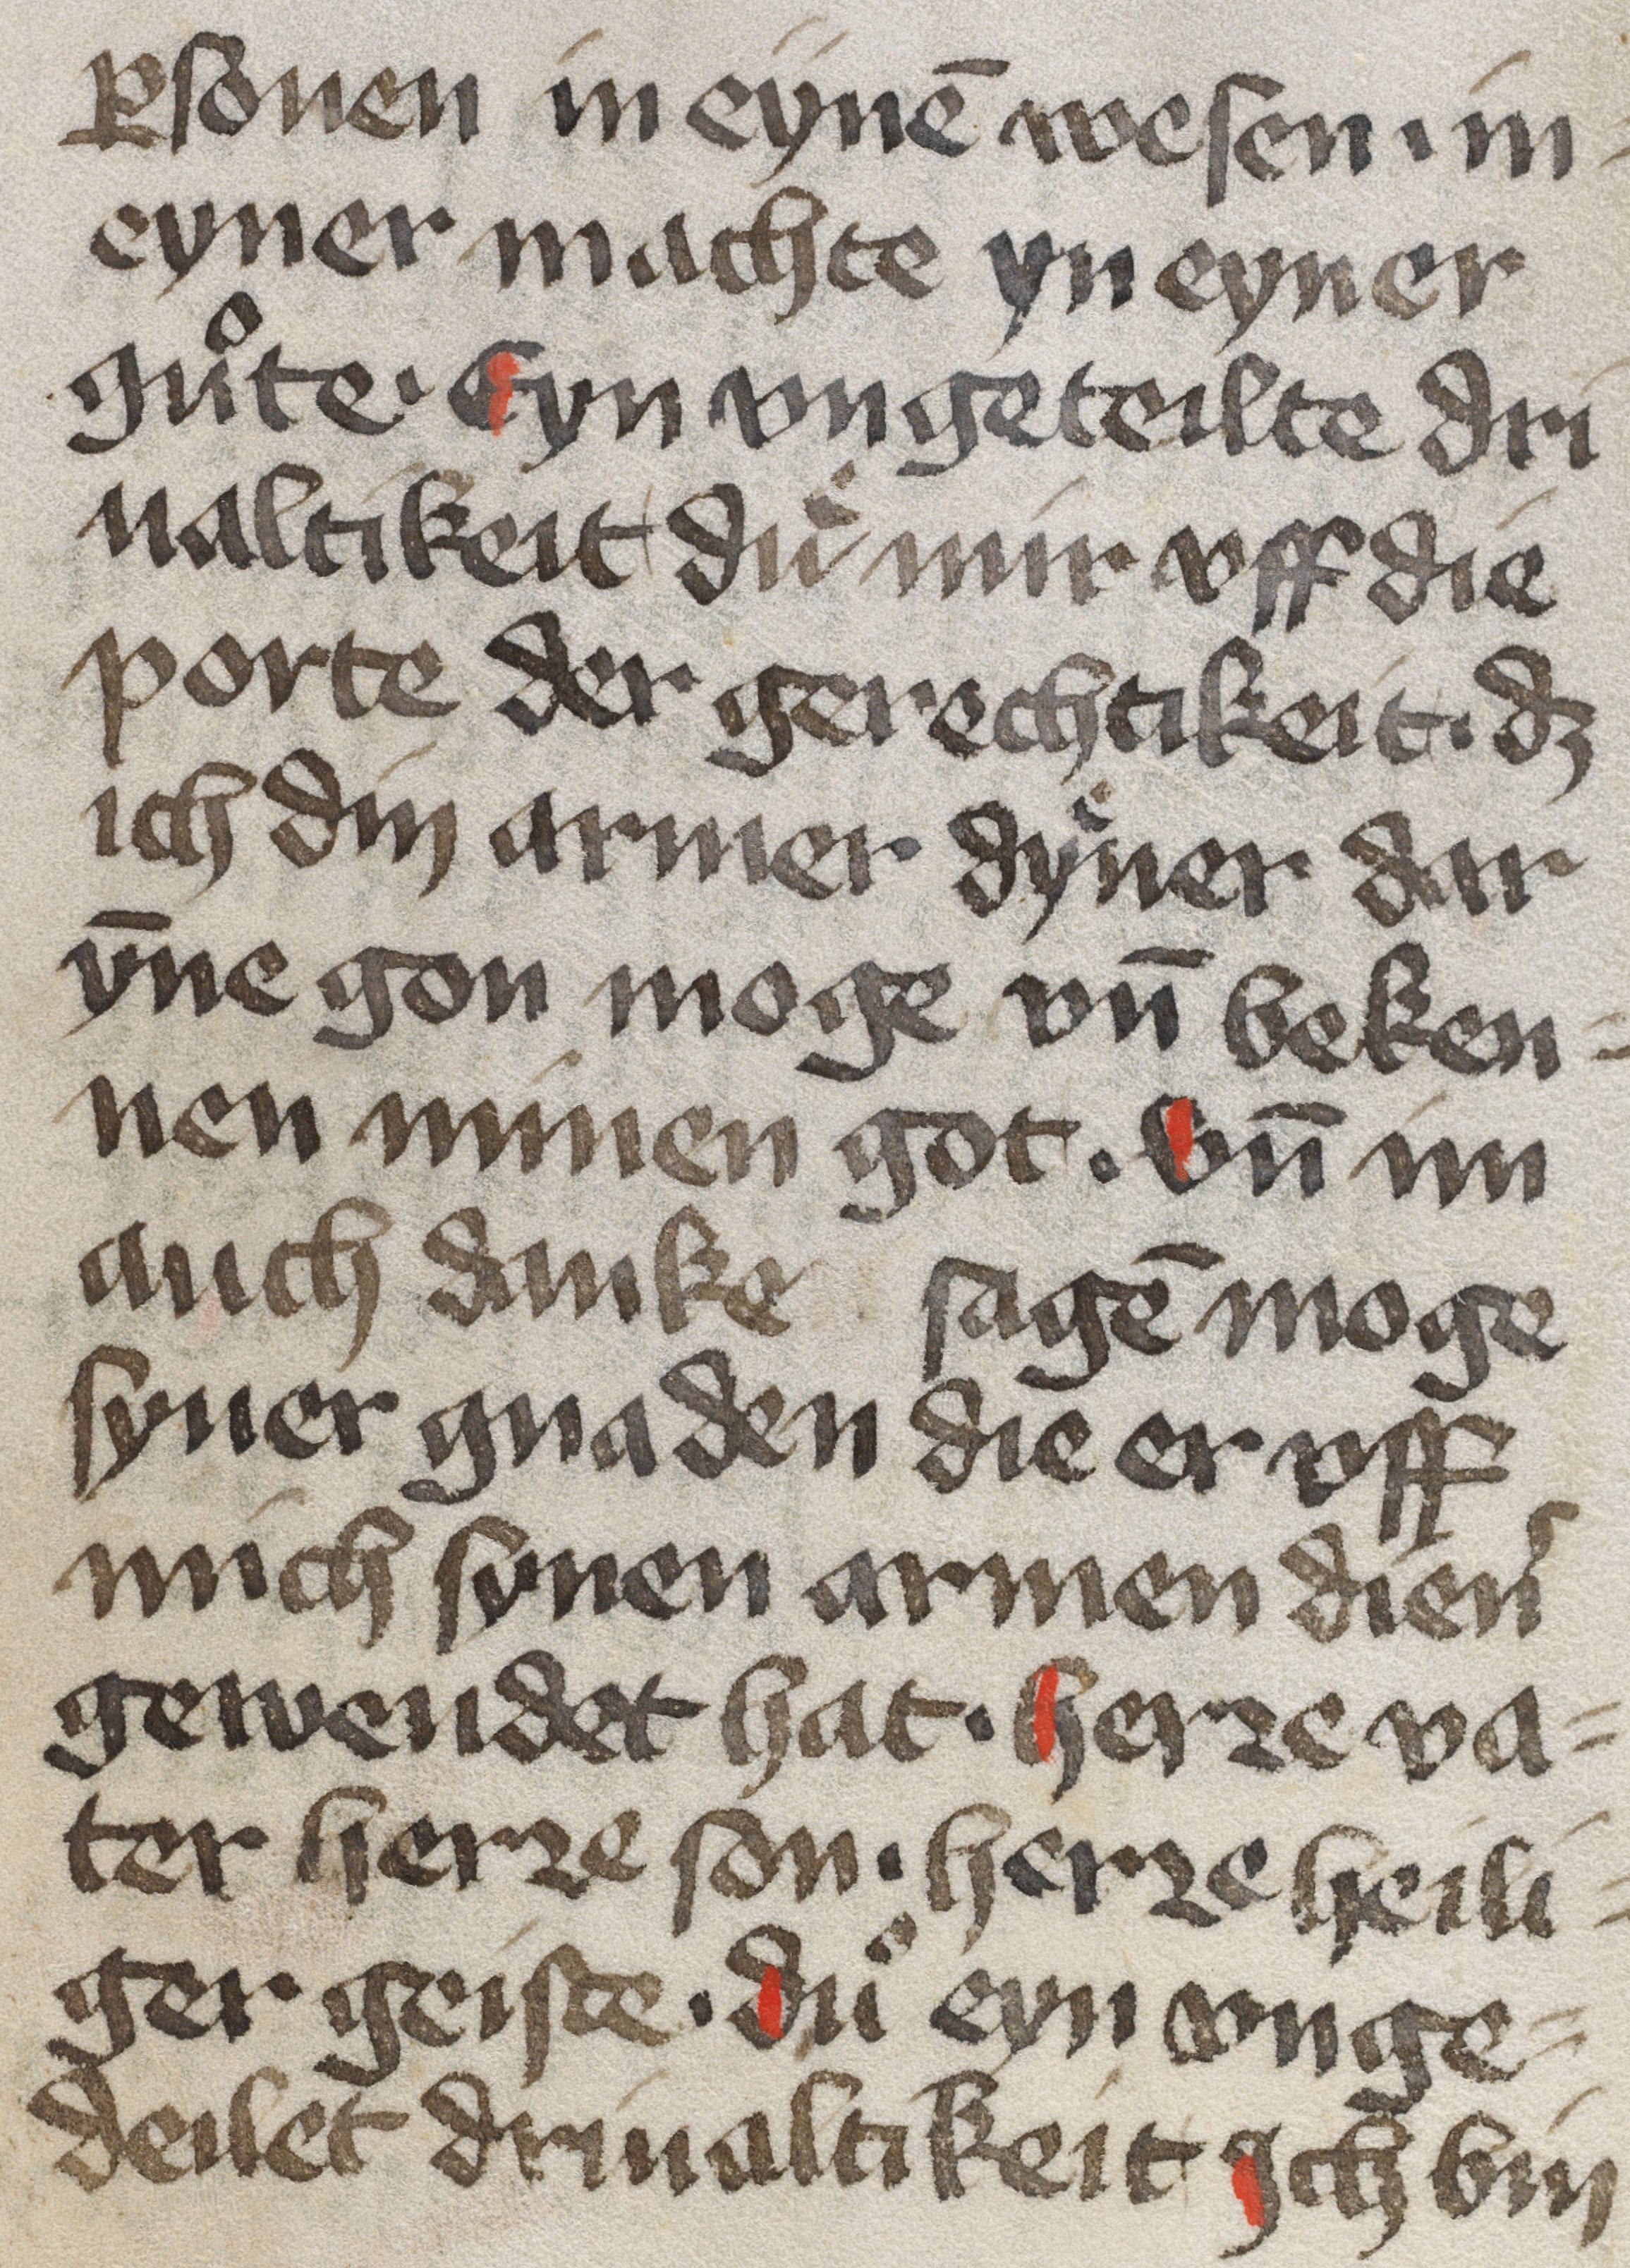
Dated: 1450–1499